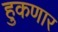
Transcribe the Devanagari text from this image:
हुकणार